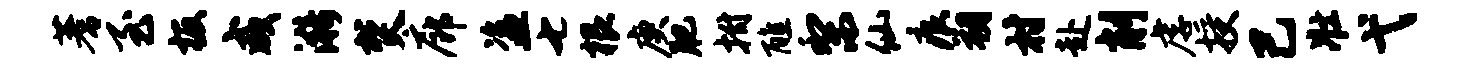
蓍至板咸漪焚廊盗七根庚肥拊醮梨仙痕朔村赴削虐授己壮弋